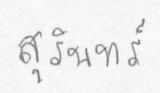
สุรินทร์